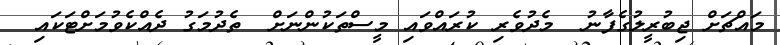
މައްޗަށް ޖިބުރީލުގެފާނު  މެދުވެރި ކުރައްވައި މީސްތަކުންނަށް  ތެދުމަގު ދެއްކެވުމަށްޓަކައި